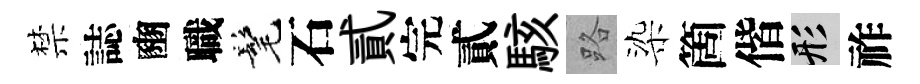
禁誌豳職髦石貳完貳駭路染箇偕形祚